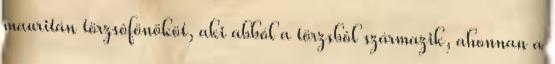
mauritán törzsôfönököt, aki abból a törzsbôl származik, ahonnan a